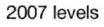
2007 levels